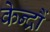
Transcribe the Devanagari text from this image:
केन्द्रौं